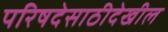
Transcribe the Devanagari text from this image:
परिषदेसाठीदेखील